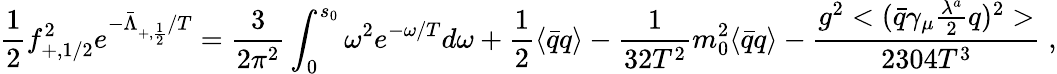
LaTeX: {\frac{1}{2}}f_{+,1/2}^{2}e^{-{\bar{\Lambda}_{+,{\frac{1}{2}}}/T}}=\frac{3}{2\pi^{2}}\int_{0}^{s_{0}}\omega^{2}e^{-\omega/{T}}d\omega+\frac{1}{2}\langle\bar{q}q\rangle-{\frac{1}{32T^{2}}}m_{0}^{2}\langle\bar{q}q\rangle-{\frac{g^{2}<({\bar{q}}\gamma_{\mu}{\frac{\lambda^{a}}{2}}q)^{2}>}{2304T^{3}}}\; ,